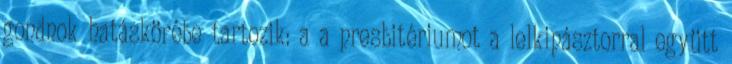
gondnok hatáskörébe tartozik: a a presbitériumot a lelkipásztorral együtt